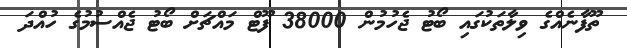
ތޫފާނެއްގެ ވިލާތަކުގައި ބޯޓު ޖެހުމުން 38000 ފޫޓް މައްޗަށް ބޯޓު ޖެއްސުމުގެ ހުއްދަ